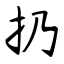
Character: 扔